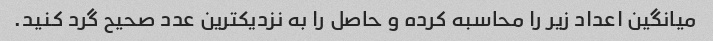
میانگین اعداد زیر را محاسبه کرده و حاصل را به نزدیکترین عدد صحیح گرد کنید.